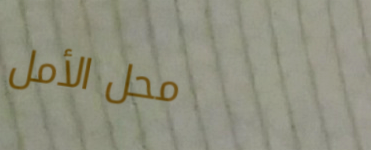
محل الأمل